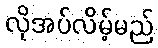
လိုအပ်လိမ့်မည်